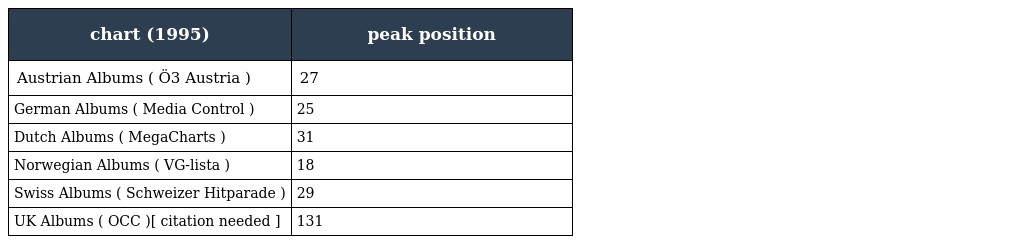
| chart (1995) | peak position |
 | --- | --- |
 | Austrian Albums ( Ö3 Austria ) | 27 |
 | German Albums ( Media Control ) | 25 |
 | Dutch Albums ( MegaCharts ) | 31 |
 | Norwegian Albums ( VG-lista ) | 18 |
 | Swiss Albums ( Schweizer Hitparade ) | 29 |
 | UK Albums ( OCC )[ citation needed ] | 131 |